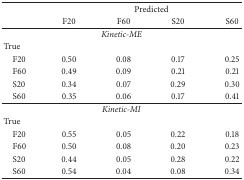
<table><thead><tr><td rowspan="2"><b> </b></td><td colspan="4"><b>Predicted</b></td></tr><tr><td><b>F20</b></td><td><b>F60</b></td><td><b>S20</b></td><td><b>S60</b></td></tr></thead><tbody><tr><td colspan="5"><i>Kinetic-ME</i></td></tr><tr><td>True</td><td> </td><td> </td><td> </td><td> </td></tr><tr><td> F20</td><td>0.50</td><td>0.08</td><td>0.17</td><td>0.25</td></tr><tr><td> F60</td><td>0.49</td><td>0.09</td><td>0.21</td><td>0.21</td></tr><tr><td> S20</td><td>0.34</td><td>0.07</td><td>0.29</td><td>0.30</td></tr><tr><td> S60</td><td>0.35</td><td>0.06</td><td>0.17</td><td>0.41</td></tr><tr><td colspan="5"><i>Kinetic-MI</i></td></tr><tr><td>True</td><td> </td><td> </td><td> </td><td> </td></tr><tr><td> F20</td><td>0.55</td><td>0.05</td><td>0.22</td><td>0.18</td></tr><tr><td> F60</td><td>0.50</td><td>0.08</td><td>0.20</td><td>0.23</td></tr><tr><td> S20</td><td>0.44</td><td>0.05</td><td>0.28</td><td>0.22</td></tr><tr><td> S60</td><td>0.54</td><td>0.04</td><td>0.08</td><td>0.34</td></tr></tbody></table>